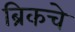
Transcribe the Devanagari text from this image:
ब्रिकचे